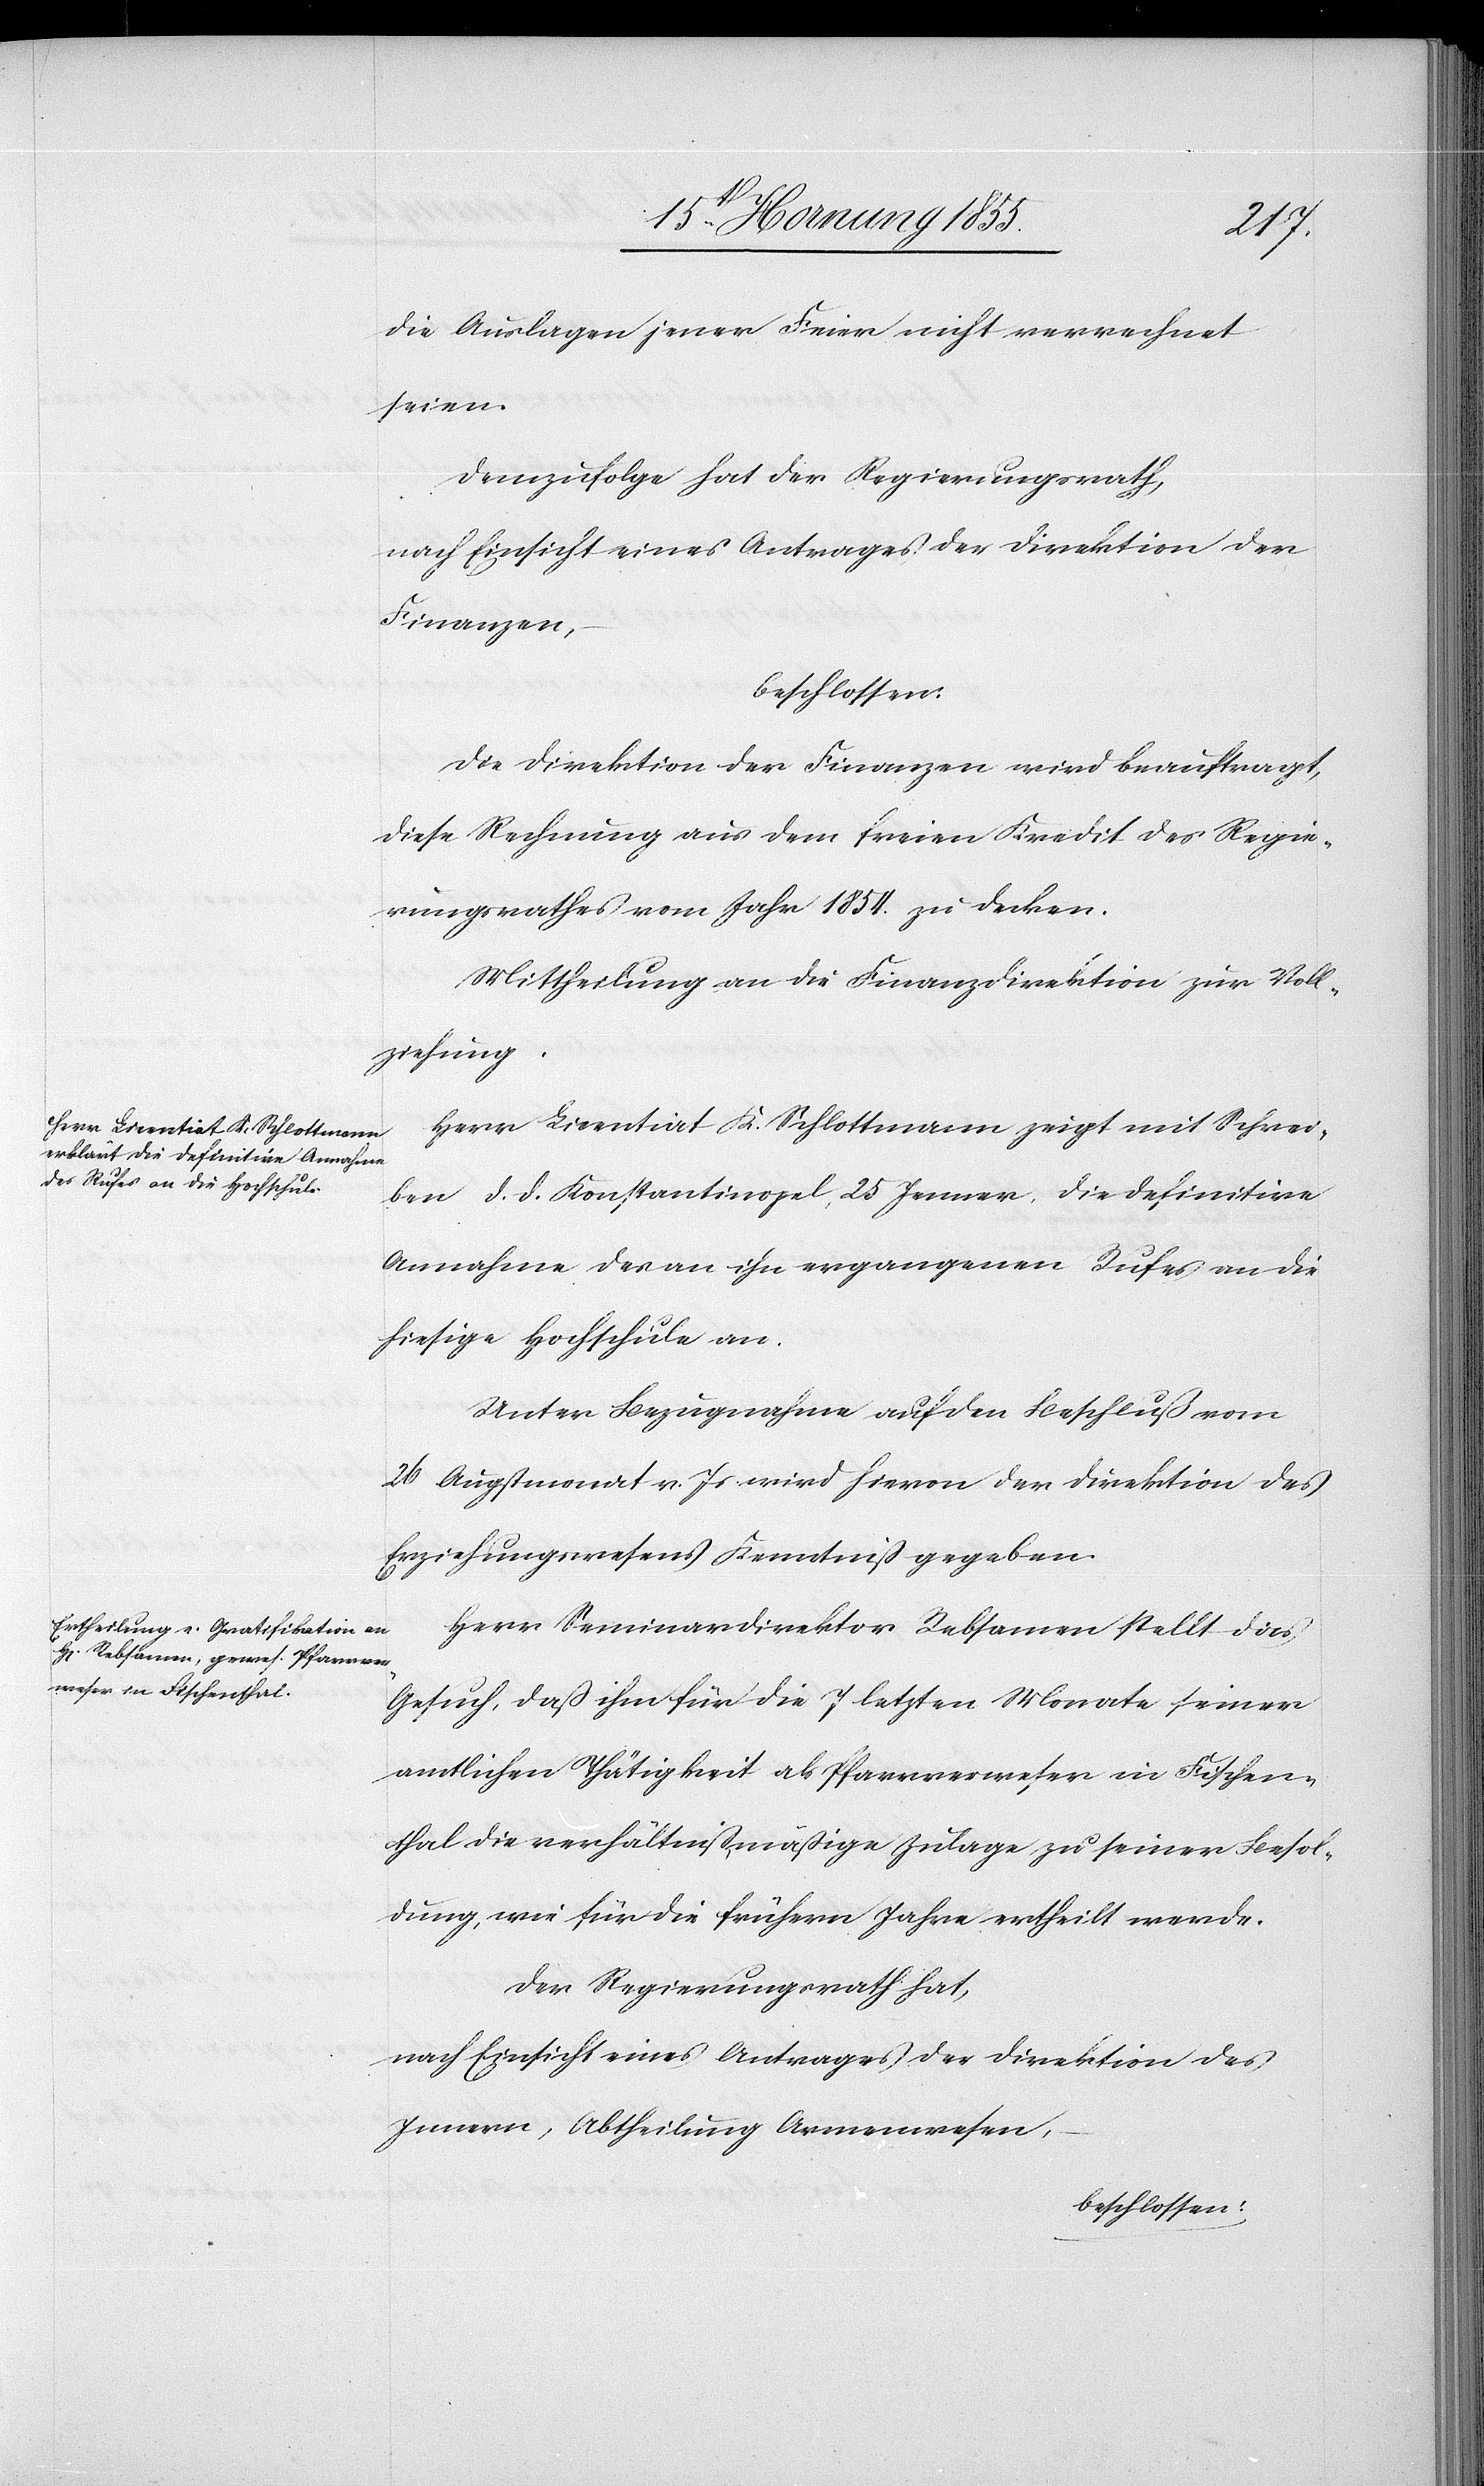
die Auslagen jener Feier nicht verrechnet
seien.
Demzufolge hat der Regierungsrath,
nach Einsicht eines Antrages der Direktion der
Finanzen,
beschlossen:
Die Direktion der Finanzen wird beauftragt,
diese Rechnung aus dem freien Kredit des Regie¬
rungsrathes vom Jahr 1854. zu decken.
Mittheilung an die Finanzdirektion zur Voll¬
ziehung.
Herr Licentiat K. Schlottmann zeigt mit Schrei¬
ben d. d. Konstantinopel, 25 Jenner, die definitive
Annahme des an ihn ergangenen Rufes an die
hiesige Hochschule an.
Unter Bezugnahme auf den Beschluß vom
26 Augstmonat v. Js wird hievon der Direktion des
Erziehungswesens Kenntniß gegeben.
Herr Seminardirektor Rebsamen stellt das
Gesuch, daß ihm für die 7 letzten Monate seiner
amtlichen Thätigkeit als Pfarrverweser in Fischen¬
thal die verhältnißmäßige Zulage zu seiner Besol¬
dung, wie für die frühern Jahre ertheilt werde.
Der Regierungsrath hat,
nach Einsicht eines Antrages der Direktion des
Innern, Abtheilung Armenwesen,